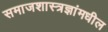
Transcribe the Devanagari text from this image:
समाजशास्त्रज्ञांमधील